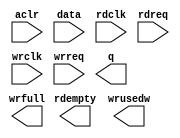
module VGA_FIFO (
	aclr,
	data,
	rdclk,
	rdreq,
	wrclk,
	wrreq,
	q,
	rdempty,
	wrfull,
	wrusedw);

	input	  aclr;
	input	[11:0]  data;
	input	  rdclk;
	input	  rdreq;
	input	  wrclk;
	input	  wrreq;
	output	[11:0]  q;
	output	  rdempty;
	output	  wrfull;
	output	[7:0]  wrusedw;
`ifndef ALTERA_RESERVED_QIS
// synopsys translate_off
`endif
	tri0	  aclr;
`ifndef ALTERA_RESERVED_QIS
// synopsys translate_on
`endif

endmodule